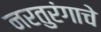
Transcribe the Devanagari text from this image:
नरतुरंगाचे